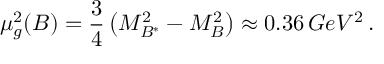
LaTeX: \mu _ { g } ^ { 2 } ( B ) = { \frac { 3 } { 4 } } \left( M _ { B ^ { * } } ^ { 2 } - M _ { B } ^ { 2 } \right) \approx 0 . 3 6 \, G e V ^ { 2 } \, .